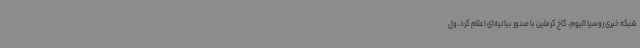
شبکه خبری روسیا الیوم، کاخ کرملین با صدور بیانیه‌ای اعلام کرد، ول